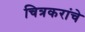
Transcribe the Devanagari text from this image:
चित्रकरांचे